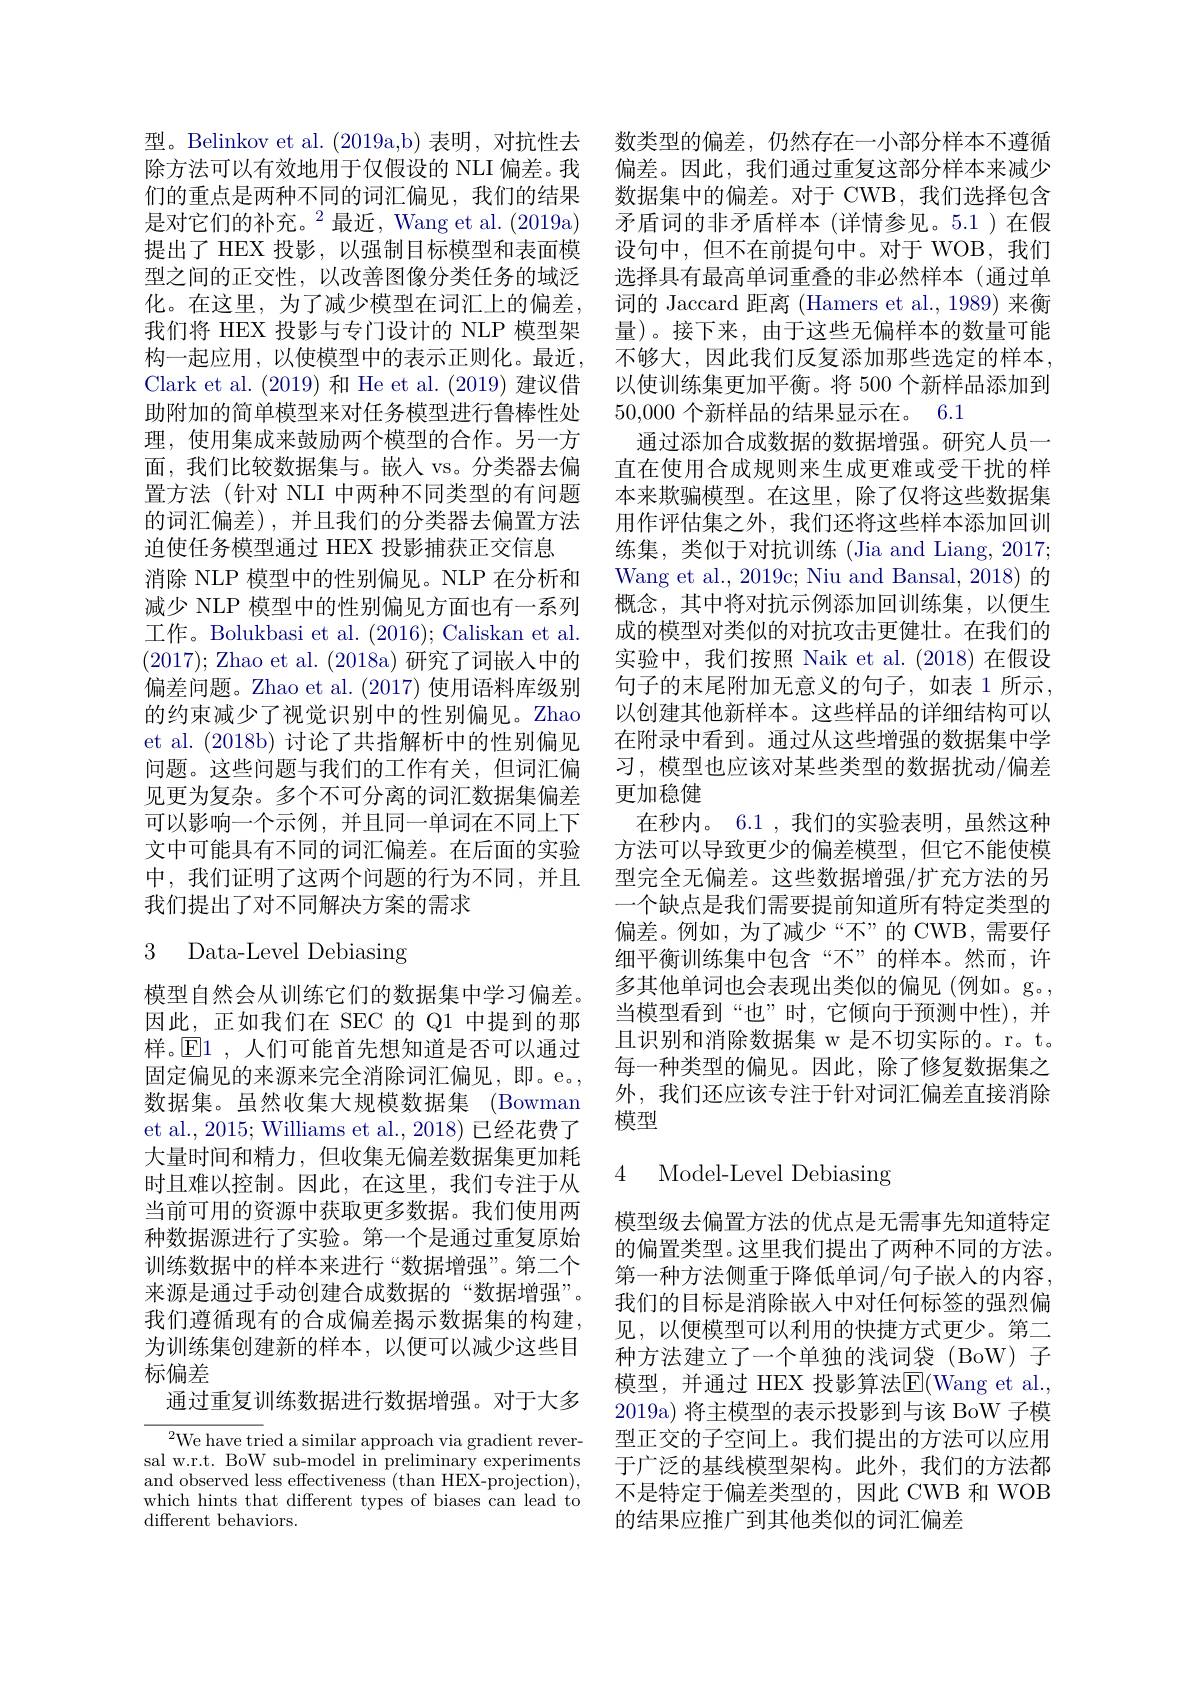
型。Belinkov et al.(2019a,b) 表明，对抗性去 数类型的偏差，仍然存在一小部分样本不遵循除方法可以有效地用于仅假设的 NLI 偏差。我 偏差。因此，我们通过重复这部分样本来减少们的重点是两种不同的词汇偏见，我们的结果 数据集中的偏差。对于 CWB,我们选择包含是对它们的补充。$^2$最近，Wang et al.(2019a)
提出了 HEX 投影，以强制目标模型和表面模 设句中，但不在前提句中。对于 WOB,我们
型之间的正交性，以改善图像分类任务的域泛化。在这里，为了减少模型在词汇上的偏差， 我们将 HEX 投影与专门设计的 NLP 模型架构一起应用，以使模型中的表示正则化。最近， Clark et al. (2019) 和 He et al. (2019) 建议借助附加的简单模型来对任务模型进行鲁棒性处理，使用集成来鼓励两个模型的合作。另一方面，我们比较数据集与。嵌入 vs。分类器去偏置方法 (针对 NLI 中两种不同类型的有问题的词汇偏差),并且我们的分类器去偏置方法迫使任务模型通过 HEX 投影捕获正交信息
消除 NLP 模型中的性别偏见。NLP 在分析和减少 NLP 模型中的性别偏见方面也有一系列工作。Bolukbasi et al. (2016); Caliskan et al. (2017); Zhao et al. (2018a)研究了词嵌入中的偏差问题。Zhao et al.(2017) 使用语料库级别的约束减少了视觉识别中的性别偏见。Zhao et al. (2018b) 讨论了共指解析中的性别偏见问题。这些问题与我们的工作有关，但词汇偏见更为复杂。多个不可分离的词汇数据集偏差可以影响一个示例，并且同一单词在不同上下文中可能具有不同的词汇偏差。在后面的实验中，我们证明了这两个问题的行为不同，并且我们提出了对不同解决方案的需求

# 3 Data-Level Debiasing

模型自然会从训练它们的数据集中学习偏差。因此，正如我们在 SEC 的 Q1 中提到的那样。$\overline{\mathbb{E}}$1 ,人们可能首先想知道是否可以通过固定偏见的来源来完全消除词汇偏见，即。e。, 数据集。虽然收集大规模数据集 (Bowman et al., 2015; Williams et al., 2018) 已经花费了大量时间和精力，但收集无偏差数据集更加耗时且难以控制。因此，在这里，我们专注于从当前可用的资源中获取更多数据。我们使用两种数据源进行了实验。第一个是通过重复原始训练数据中的样本来进行“数据增强”。第二个来源是通过手动创建合成数据的“数据增强”。我们遵循现有的合成偏差揭示数据集的构建， 为训练集创建新的样本，以便可以减少这些目标偏差
通过重复训练数据进行数据增强。对于大多

${{^{2}\text{We have tri}}}$ed a similar approach via gradient reversal w.r.t. BoW sub-model in preliminary experiments and observed less effectiveness (than HEX-projection), which hints that different types of biases can lead to different behaviors.

矛盾词的非矛盾样本(详情参见。5.1)在假选择具有最高单词重叠的非必然样本(通过单词的 Jaccard 距离 (Hamers et al.,1989) 来衡量)。接下来，由于这些无偏样本的数量可能不够大，因此我们反复添加那些选定的样本， 以使训练集更加平衡。将 500 个新样品添加到50,000个新样品的结果显示在。6.1
通过添加合成数据的数据增强。研究人员一直在使用合成规则来生成更难或受干扰的样本来欺骗模型。在这里，除了仅将这些数据集用作评估集之外，我们还将这些样本添加回训练集，类似于对抗训练(Jia and Liang, 2017; Wang et al., 2019c; Niu and Bansal, 2018) 的概念，其中将对抗示例添加回训练集，以便生成的模型对类似的对抗攻击更健壮。在我们的实验中，我们按照 Naik et al.(2018)在假设句子的末尾附加无意义的句子，如表 1 所示， 以创建其他新样本。这些样品的详细结构可以在附录中看到。通过从这些增强的数据集中学习，模型也应该对某些类型的数据扰动/偏差更加稳健
在秒内。6.1,我们的实验表明，虽然这种方法可以导致更少的偏差模型，但它不能使模型完全无偏差。这些数据增强/扩充方法的另一个缺点是我们需要提前知道所有特定类型的偏差。例如，为了减少“不”的 CWB,需要仔细平衡训练集中包含“不”的样本。然而，许多其他单词也会表现出类似的偏见(例如。g。, 当模型看到“也”时，它倾向于预测中性),并且识别和消除数据集 w 是不切实际的。r。t。每一种类型的偏见。因此，除了修复数据集之外，我们还应该专注于针对词汇偏差直接消除模型
4 Model-Level Debiasing

模型级去偏置方法的优点是无需事先知道特定的偏置类型。这里我们提出了两种不同的方法。第一种方法侧重于降低单词/句子嵌入的内容， 我们的目标是消除嵌入中对任何标签的强烈偏见，以便模型可以利用的快捷方式更少。第二种方法建立了一个单独的浅词袋 (BoW) 子模型，并通过 HEX 投影算法$\operatorname{E}($Wang et al., 2019a) 将主模型的表示投影到与该 BoW 子模型正交的子空间上。我们提出的方法可以应用于广泛的基线模型架构。此外，我们的方法都不是特定于偏差类型的，因此 CWB 和 WOB 的结果应推广到其他类似的词汇偏差